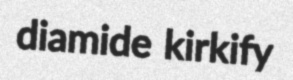
diamide kirkify